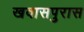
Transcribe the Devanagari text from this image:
खवासपुरास